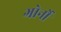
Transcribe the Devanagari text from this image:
गोर्नो